Civil Veterinary Department ledger series I-VI
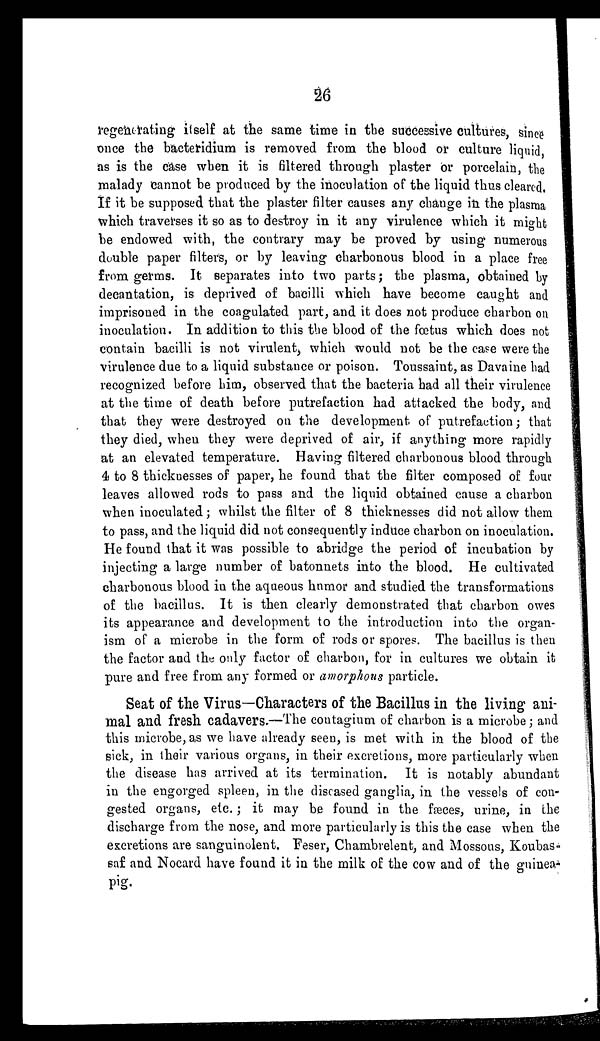
26
regenerating itself at the same time in the successive cultures, since
once the bacteridium is removed from the blood or culture liquid,
as is the case when it is filtered through plaster or porcelain, the
malady cannot be produced by the inoculation of the liquid thus cleared.
If it be supposed that the plaster filter causes any change in the plasma
which traverses it so as to destroy in it any virulence which it might
be endowed with, the contrary may be proved by using numerous
double paper filters, or by leaving charbonous blood in a place free
from germs. It separates into two parts; the plasma, obtained by
decantation, is deprived of bacilli which have become caught and
imprisoned in the coagulated part, and it does not produce charbon on
inoculation. In addition to this the blood of the fœtus which does not
contain bacilli is not virulent, which would not be the case were the
virulence due to a liquid substance or poison. Toussaint, as Davaine had
recognized before him, observed that the bacteria had all their virulence
at the time of death before putrefaction had attacked the body, and
that they were destroyed on the development of putrefaction; that
they died, when they were deprived of air, if anything more rapidly
at an elevated temperature. Having filtered charbonous blood through
4 to 8 thicknesses of paper, he found that the filter composed of four
leaves allowed rods to pass and the liquid obtained cause a charbon
when inoculated; whilst the filter of 8 thicknesses did not allow them
to pass, and the liquid did not consequently induce charbon on inoculation.
He found that it was possible to abridge the period of incubation by
injecting a large number of batonnets into the blood. He cultivated
charbonous blood in the aqueous humor and studied the transformations
of the bacillus. It is then clearly demonstrated that charbon owes
its appearance and development to the introduction into the organ-
ism of a microbe in the form of rods or spores. The bacillus is then
the factor and the only factor of charbon, for in cultures we obtain it
pure and free from any formed or amorphous particle.
Seat of the Virus—Characters of the Bacillus in the living ani-
mal and fresh cadavers.—The contagium of charbon is a microbe; and
this microbe, as we have already seen, is met with in the blood of the
sick, in their various organs, in their excretions, more particularly when
the disease has arrived at its termination. It is notably abundant
in the engorged spleen, in the diseased ganglia, in the vessels of con-
gested organs, etc.; it may be found in the fæces, urine, in the
discharge from the nose, and more particularly is this the case when the
excretions are sanguinolent. Feser, Chambrelent, and Mossous, Koubas-
saf and Nocard have found it in the milk of the cow and of the guinea-
pig.